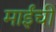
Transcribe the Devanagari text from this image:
माईंची